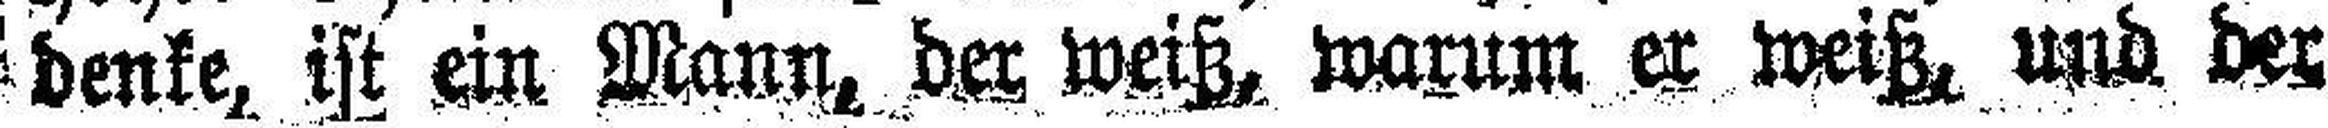
denke, ist ein Mann, der weiß, warum er weiß, und der